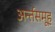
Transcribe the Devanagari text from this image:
अर्न्तसमूह